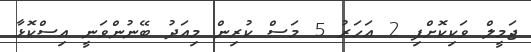
ޖަމީލް ވަކިކޮށްފި 2 އަހަރު 5 މަސް ކުރިން މިއަދު ބޭނުންވަނީ އިސްކޮޅާ